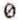
0